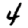
Digit: 4